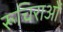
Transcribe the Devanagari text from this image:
रूचिराओं